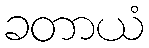
ခတာယံ